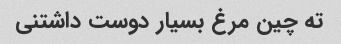
ته چین مرغ بسیار دوست داشتنی